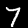
Label: 7